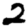
Digit: 2